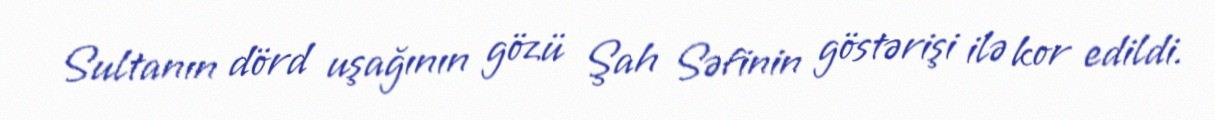
Sultanın dörd uşağının gözü Şah Səfinin göstərişi ilə kor edildi.